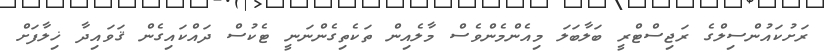
ރަށުކައުންސިލްގެ ރަޖިސްޓްރީ ބަލާބަލަ މިއެންމެންވެސް މާލެއިން ތަކެތިގެންނަނީ ޓެކުސް ދައްކައިގެން ޤަވައިދާ ޚިލާފަށް